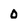
Character: 0